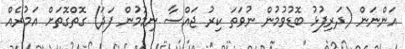
އަންނަން (ދަރިފުޅު ބޮޑުވުމުން ނުވަތަ ކިރު ޖައްސާ ނިމުމުން ފަދަ) ގޮތްގޮތަށް އަމުރެއް